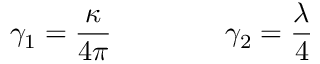
\gamma _ { 1 } = \frac \kappa { 4 \pi } \qquad \qquad \gamma _ { 2 } = \frac \lambda 4